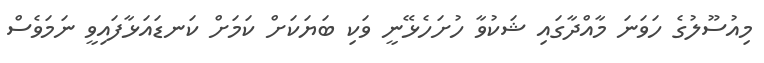
މިއުސޫލުގެ ހަވަނަ މާއްދާގައި ޝަކުވާ ހުށަހެޅޭނީ ވަކި ބަޔަކަށް ކަމަށް ކަނޑައަޅާފައިވީ ނަމަވެސް